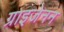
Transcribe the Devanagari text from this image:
ग्राइजेनन